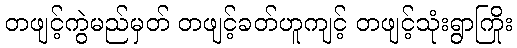
တဖျင့်ကွဲမည်မှတ် တဖျင့်ခတ်ဟူကျင့် တဖျင့်သုံးရွာကြိုး